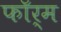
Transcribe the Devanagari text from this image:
फाॅर्म